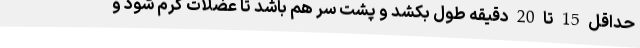
حداقل 15 تا 20 دقیقه طول بکشد و پشت سر هم باشد تا عضلات گرم شود و